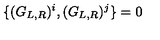
\{ ( G _ { L , R } ) ^ { i } , ( G _ { L , R } ) ^ { j } \} = 0